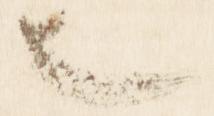
也